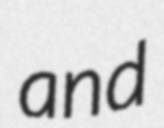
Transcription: and